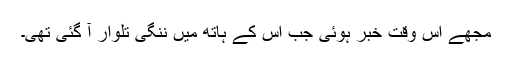
مجھے اس وقت خبر ہوئی جب اس کے ہاتھ میں ننگی تلوار آ گئی تھی۔